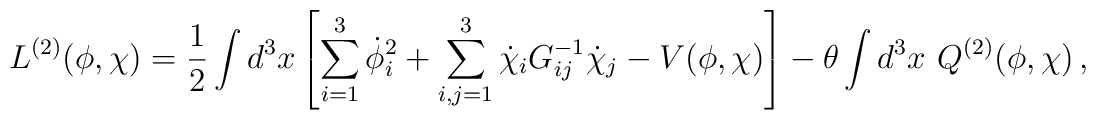
L^{(2)}(\phi, \chi)=\frac{1}{2}\int d^3x\left[\sum_{i=1}^{3}\dot{\phi}_i^2+\sum_{i,j =1}^{3}\dot{\chi}_iG^{-1}_{ij}\dot{\chi}_j  - V(\phi, \chi)\right] -   \theta\int d^3x\,\,Q^{(2)}(\phi, \chi)\,,